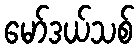
မော်ဒယ်သစ်